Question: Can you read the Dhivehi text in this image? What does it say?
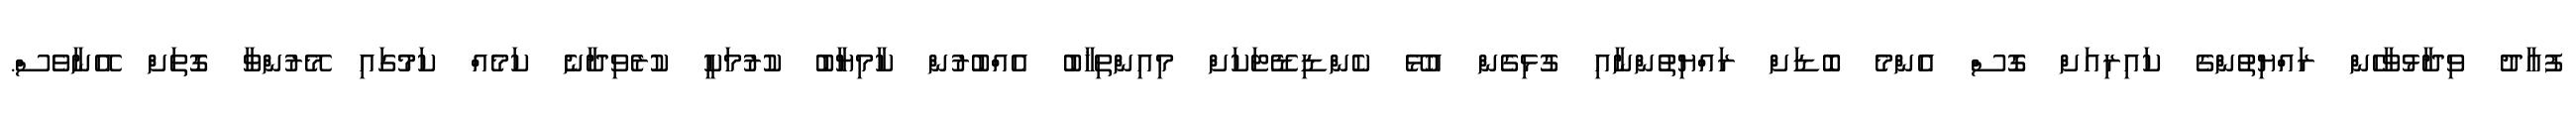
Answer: ފުއާދު ވިދާޅުވާހެން ރައްޔިތުންގެ ކައިރިއަށް ގޮސް އެންމެ ބޮޑަށް ރައްޔިތުންނާއި ގުޅިގެން އުޅޭ ކެންޑިޑޭޓަކަށް މިއިންތިޚާބު އެއްބުރުން ކާމިޔާބު ކުރުމަކީ ކުރެވިދާނެ ކަމެއް ކަމުގައި މޭރުންވާ ގޮތަށް އޭނާވެސް.